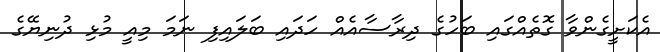
އެކަށީގެންވާ ގޮތެއްގައި ބަހުގެ ދިރާސާއެއް ހަދައި ބަލައިފި ނަމަ މިއީ މުޅި ދުނިޔޭގެ